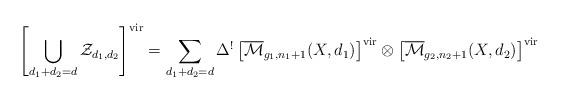
LaTeX: \begin{align*} \left[ \bigcup_{d_1 + d_2 = d} \mathcal{Z}_{d_1,d_2} \right]^\textnormal{vir} = \sum_{d_1+d_2=d} \Delta^! \left[ \overline{\mathcal{M}}_{g_1,n_1+1}(X,d_1) \right]^\textnormal{vir} \otimes \left[ \overline{\mathcal{M}}_{g_2,n_2+1}(X,d_2) \right]^\textnormal{vir} \end{align*}